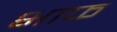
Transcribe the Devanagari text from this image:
भाफ